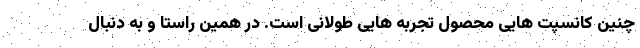
چنین کانسپت هایی محصول تجربه هایی طولانی است. در همین راستا و به دنبال